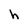
Character: h